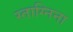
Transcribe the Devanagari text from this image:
स्ताग्निना